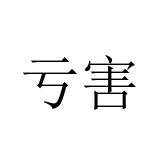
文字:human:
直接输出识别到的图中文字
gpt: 亏害